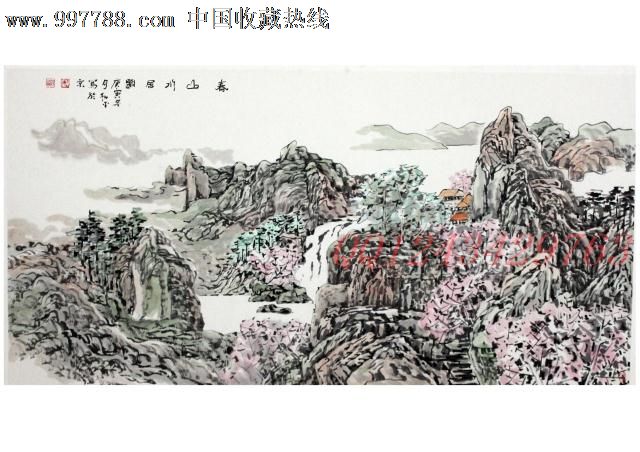
天涯芳草迷归路，病叶还禁一夜霜。